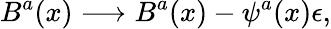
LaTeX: B^{a}(x)\longrightarrow B^{a}(x)-\psi^{a}(x)\epsilon,